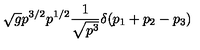
\sqrt { g } p ^ { 3 / 2 } p ^ { 1 / 2 } { \frac { 1 } { \sqrt { p ^ { 3 } } } } \delta ( p _ { 1 } + p _ { 2 } - p _ { 3 } )